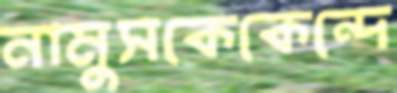
নামুসকেকেন্দে